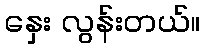
နှေး လွန်းတယ်။